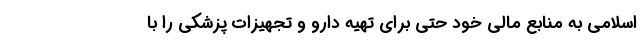
اسلامی به منابع مالی خود حتی برای تهیه دارو و تجهیزات پزشکی را با